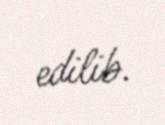
edilib.